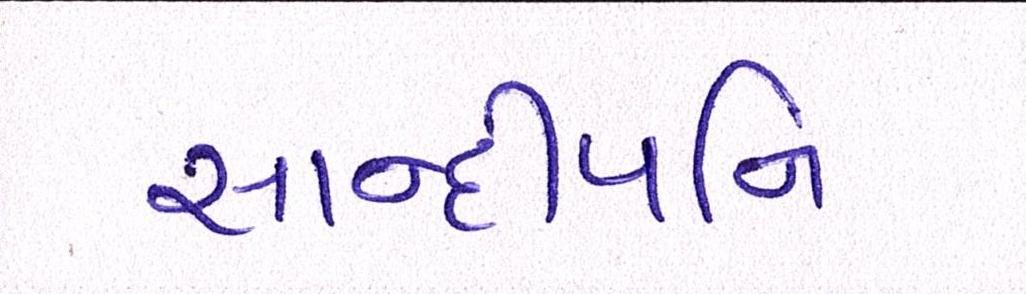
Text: સાન્દીપનિ